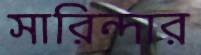
সারিন্দার